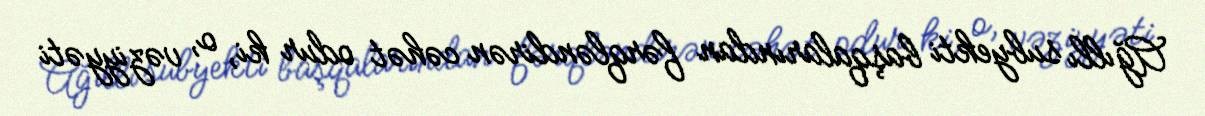
Ağıllı subyekti başqalarından fərqləndirən cəhət odur ki, o, vəziyyəti